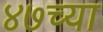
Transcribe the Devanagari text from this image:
४७च्या